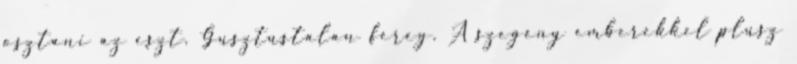
osztani az eszt. Gusztustalan fereg. A szegény emberekkel plusz